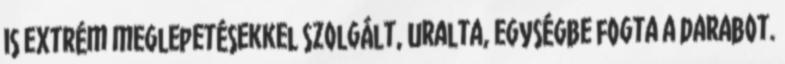
is extrém meglepetésekkel szolgált, uralta, egységbe fogta a darabot.